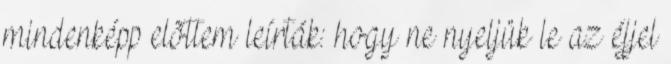
mindenképp elõttem leírták: hogy ne nyeljük le az éjjel